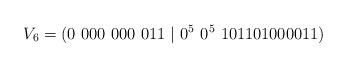
LaTeX: \begin{align*}V_6=(0\ 000\ 000\ 011\ |\ 0^5\ 0^5\ 101101000011)\end{align*}